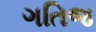
ગતિજ